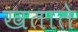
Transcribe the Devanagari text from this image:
खताते